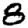
Digit: 8